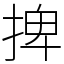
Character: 捭